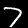
Digit: 7